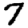
Digit: 7